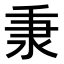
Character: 𬼌